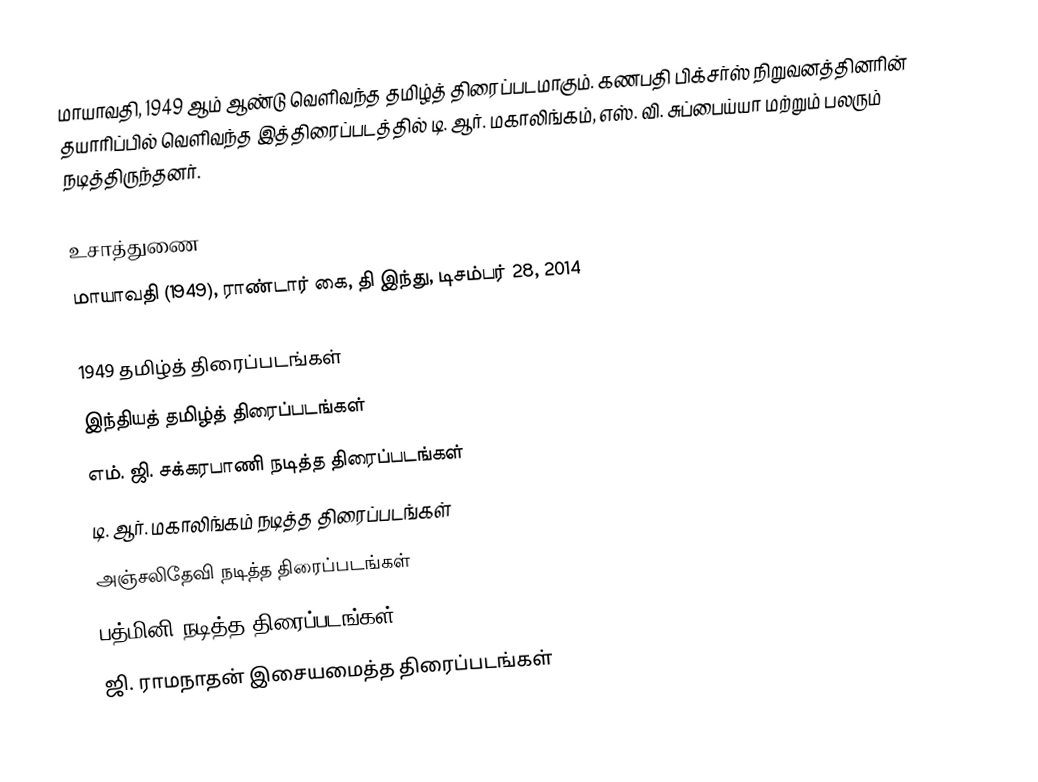
மாயாவதி, 1949 ஆம் ஆண்டு வெளிவந்த தமிழ்த் திரைப்படமாகும். கணபதி பிக்சர்ஸ் நிறுவனத்தினரின் தயாரிப்பில் வெளிவந்த இத்திரைப்படத்தில் டி. ஆர். மகாலிங்கம், எஸ். வி. சுப்பைய்யா மற்றும் பலரும் நடித்திருந்தனர்.

உசாத்துணை
 மாயாவதி (1949), ராண்டார் கை, தி இந்து, டிசம்பர் 28, 2014

1949 தமிழ்த் திரைப்படங்கள்
இந்தியத் தமிழ்த் திரைப்படங்கள்
எம். ஜி. சக்கரபாணி நடித்த திரைப்படங்கள்
டி. ஆர். மகாலிங்கம் நடித்த திரைப்படங்கள்
அஞ்சலிதேவி நடித்த திரைப்படங்கள்
பத்மினி நடித்த திரைப்படங்கள்
ஜி. ராமநாதன் இசையமைத்த திரைப்படங்கள்